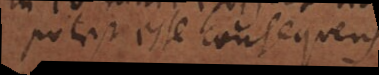
potest esse consequens